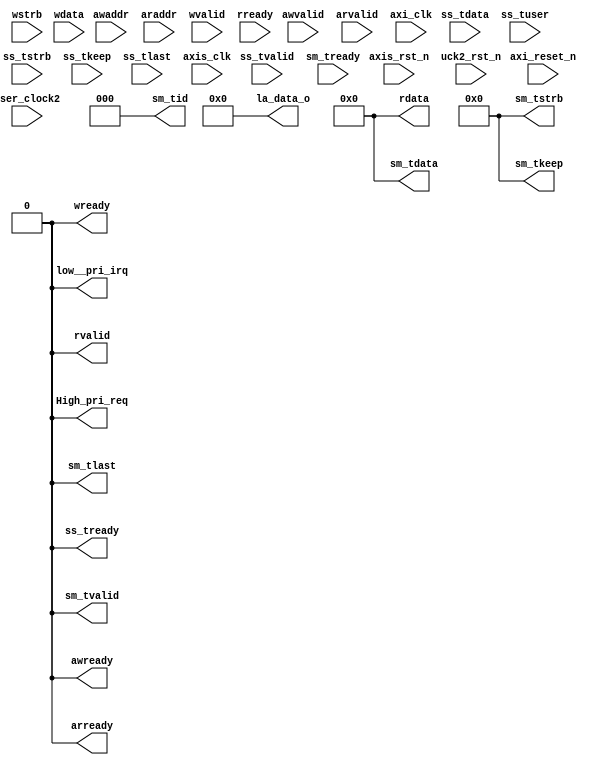
// This code snippet was auto generated by xls2vlog.py from source file: ./user_project_wrapper.xlsx
// User: josh
// Date: Sep-22-23



module USER_PRJ1 #( parameter pUSER_PROJECT_SIDEBAND_WIDTH   = 5,
					parameter pADDR_WIDTH   = 12,
                   parameter pDATA_WIDTH   = 32
                 )
(
  output wire                        awready,
  output wire                        arready,
  output wire                        wready,
  output wire                        rvalid,
  output wire  [(pDATA_WIDTH-1) : 0] rdata,
  input  wire                        awvalid,
  input  wire                [11: 0] awaddr,
  input  wire                        arvalid,
  input  wire                [11: 0] araddr,
  input  wire                        wvalid,
  input  wire                 [3: 0] wstrb,
  input  wire  [(pDATA_WIDTH-1) : 0] wdata,
  input  wire                        rready,
  input  wire                        ss_tvalid,
  input  wire  [(pDATA_WIDTH-1) : 0] ss_tdata,
  input  wire                 [1: 0] ss_tuser,
    `ifdef USER_PROJECT_SIDEBAND_SUPPORT
	input  wire                 [pUSER_PROJECT_SIDEBAND_WIDTH-1: 0] ss_tupsb,
  `endif
  input  wire                 [3: 0] ss_tstrb,
  input  wire                 [3: 0] ss_tkeep,
  input  wire                        ss_tlast,
  input  wire                        sm_tready,
  output wire                        ss_tready,
  output wire                        sm_tvalid,
  output wire  [(pDATA_WIDTH-1) : 0] sm_tdata,
  output wire                 [2: 0] sm_tid,
  `ifdef USER_PROJECT_SIDEBAND_SUPPORT
	output  wire                 [pUSER_PROJECT_SIDEBAND_WIDTH-1: 0] sm_tupsb,
  `endif
  output wire                 [3: 0] sm_tstrb,
  output wire                 [3: 0] sm_tkeep,
  output wire                        sm_tlast,
  output wire                        low__pri_irq,
  output wire                        High_pri_req,
  output wire                [23: 0] la_data_o,
  input  wire                        axi_clk,
  input  wire                        axis_clk,
  input  wire                        axi_reset_n,
  input  wire                        axis_rst_n,
  input  wire                        user_clock2,
  input  wire                        uck2_rst_n
);


assign awready       = 1'b0;
assign arready       = 1'b0;
assign wready        = 1'b0;
assign rvalid        = 1'b0;
assign rdata         = {pDATA_WIDTH{1'b0}};
assign ss_tready     = 1'b0;
assign sm_tvalid     = 1'b0;
assign sm_tdata      = {pDATA_WIDTH{1'b0}};
assign sm_tid        = 3'b0;
`ifdef USER_PROJECT_SIDEBAND_SUPPORT
	assign sm_tupsb      = 5'b0;
`endif
assign sm_tstrb      = 4'b0;
assign sm_tkeep      = 1'b0;
assign sm_tlast      = 1'b0;
assign low__pri_irq  = 1'b0;
assign High_pri_req  = 1'b0;
assign la_data_o     = 24'b0;


endmodule // USER_PRJ1